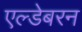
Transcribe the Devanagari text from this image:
एल्डेबरन